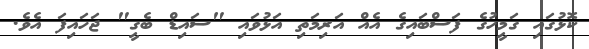
ކޮޅުގައި ގަމީހުގެ ފަސްބައިގެ އެއް އަރިމަތި އަޅުވައި "ސައިޑް ބެގީ" ޖަހައިފަ އެވެ.